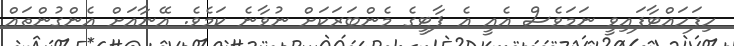
ހިފަހައްޓާފައިވީ ނަމަވެސް އެއީ އެ ޕާޓީގެ މެންބަރަކަށް ނުވާނެ ކަމެވެ. އޭނާއަށް އެންގުންތައް